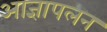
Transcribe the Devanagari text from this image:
आज्ञापलन